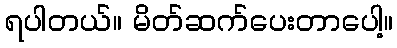
ရပါတယ်။ မိတ်ဆက်ပေးတာပေါ့။